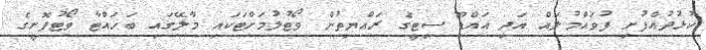
ކުޅުދުއްފުށި ފުވައްމުލައް އަދި އައްޑޫ ސިޓީގެ ރައްޔިތުން ވޯޓުލުމަށްޓަކައި މާލޭގައި ބަހައްޓާ ވޯޓުފޮށީގެ